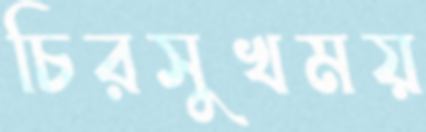
চিরসুখময়